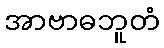
အာဗာဓဘူတံ